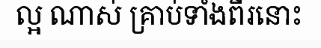
ល្អ ណាស់ គ្រាប់ទាំងពីរនោះ